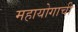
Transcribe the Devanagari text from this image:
महायोगाची